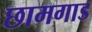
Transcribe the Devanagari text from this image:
छामगाड